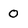
Character: 0